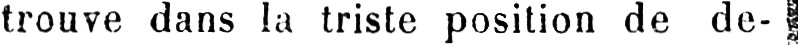
trouve dans la triste position de de-